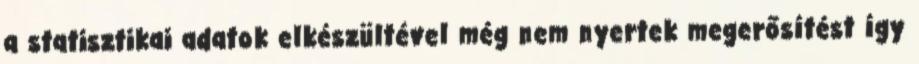
a statisztikai adatok elkészültével még nem nyertek megerősítést így